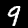
Digit: 9